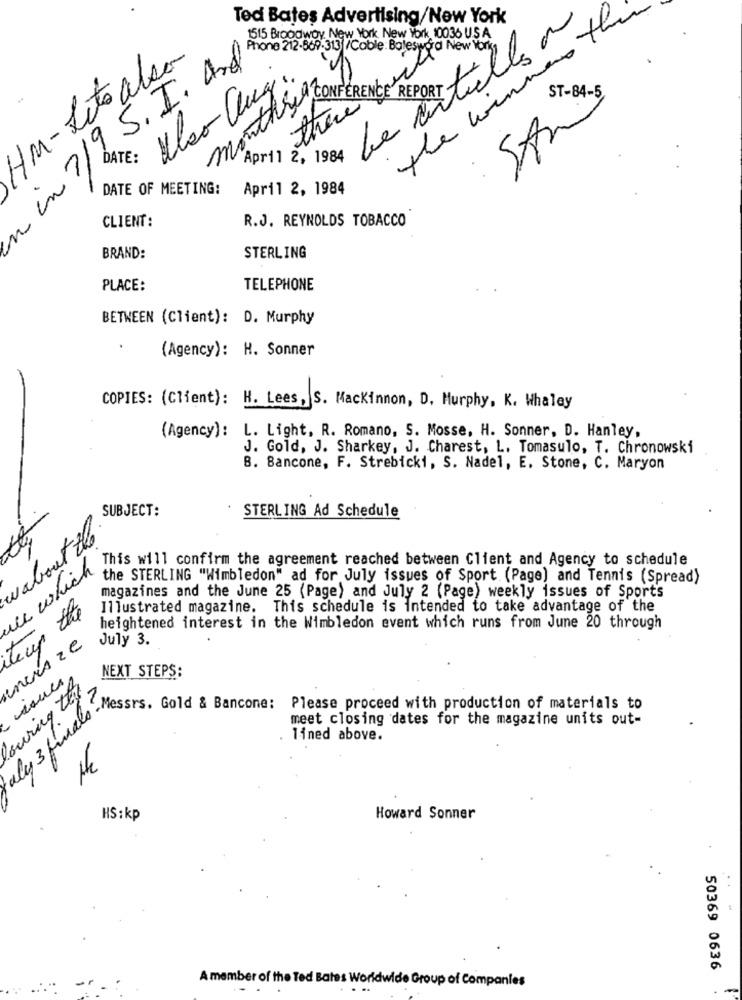
Ted Bates Advertising/New York
the winners the
1515 Broodwoy New York New York 10036 USA
le actuelle on
Phone 212-669-313 /Cable: Balesword New York,
M- Lito also
q.S.I. And
Also Cugi:
ST-84-5
monthrey CONFERENCE REPORT
there
SAM
DATE:
April 2, 1984
DATE OF MEETING:
April 2, 1984
CLIENT:
R.J. REYNOLDS TOBACCO
BRAND:
STERLING
PLACE:
TELEPHONE
BETWEEN (Client): D. Murphy
(Agency): H. Sonner
COPIES: (Client): H. Lees, S. Mackinnon, D. Murphy, K. Whaley
(Agency): L. Light, R. Romano, S. Mosse, H. Sonner, D. Hanley,
J. Gold, J. Sharkey, J. Charest, L. Tomasulo, T. Chronowski
B. Bancone, F. Strebicki, S. Nadel, E. Stone, C. Maryon
--
SUBJECT:
STERLING Ad Schedule
wabout the
t
This will confirm the agreement reached between Client and Agency to schedule
ile which
the STERLING "Wimbledon" ad for July issues of Sport (Page) and Tennis (Spread)
magazines and the June 25 (Page) and July 2 (Page) weekly issues of Sports
the
Illustrated magazine. This schedule is intended to take advantage of the
heightened interest in the Wimbledon event which runs from June 20 through
incra ze
teur
July 3.
NEXT STEPS:
Pouring the.
aly 3 finals .
"Messrs. Gold & Bancone: Please proceed with production of materials to
meet closing dates for the magazine units out-
lined above.
HS: kp
Howard Sonner
50369 0636
A member of the Ted Bates Worldwide Group of Companies
-